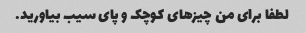
لطفا برای من چیزهای کوچک و پای سیب بیاورید.